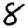
Digit: 8